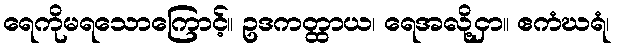
ရေကိုမရသောကြောင့်။ ဥဒကတ္ထာယ၊ ရေအလို့ငှာ။ ဧကံဃရံ၊